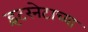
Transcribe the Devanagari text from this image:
इंटरनेटाच्या